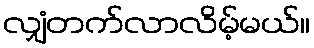
လျှံတက်လာလိမ့်မယ်။